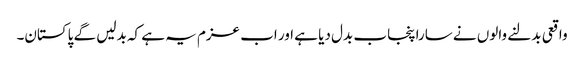
واقعی بدلنے والوں نے سارا پنجاب بدل دیا ہے اور اب عزم یہ ہے کہ بدلیں گے پاکستان۔